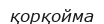
қорқойма